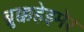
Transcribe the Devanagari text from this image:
ब्रुक्कहेइमेर